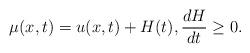
LaTeX: \begin{align*}\mu (x,t) = u (x,t) + H(t), \frac{dH}{dt} \geq 0.\end{align*}